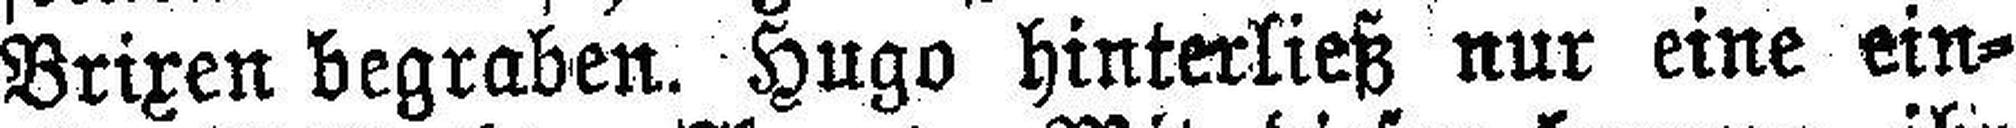
Brixen begraben. Hugo hinterließ nur eine ein¬